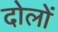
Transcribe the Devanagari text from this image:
दोलों